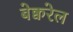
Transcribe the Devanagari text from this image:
बेक्वरेल